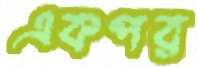
একপর